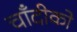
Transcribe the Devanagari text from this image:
चाँदीको